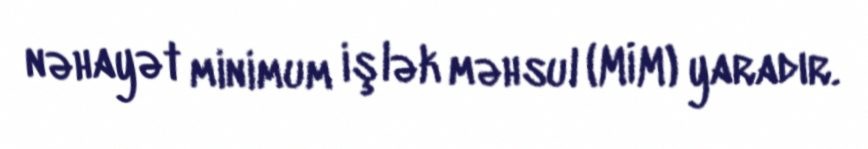
nəhayət minimum işlək məhsul (MİM) yaradır.